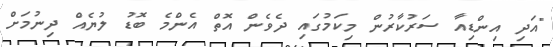
"އަދި އިންޑިއާ ސަރުކާރުން މިކަމުގައި ދެވެން އޮތް އެންމެ ބޮޑު ލުޔެއް ދިނުމަށް